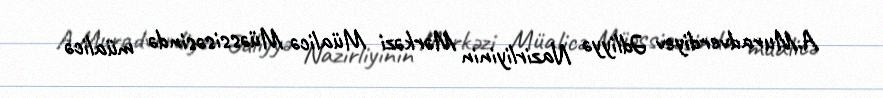
A.Muradverdiyev Ədliyyə Nazirliyinin Mərkəzi Müalicə Müəssisəsində müalicə